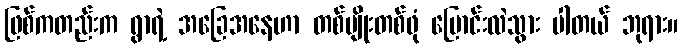
ဖြစ်ကတည်းက ရွာရဲ့ အခြေအနေဟာ တစ်မျိုးတစ်ဖုံ ပြောင်းလဲသွား ပါတယ် ဘုရား။